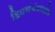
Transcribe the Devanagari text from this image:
हितसंबंधातील